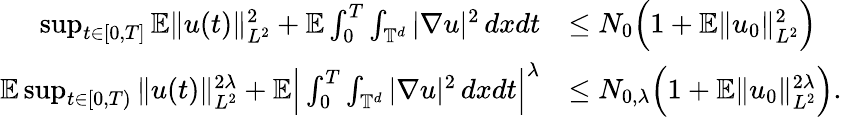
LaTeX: \begin{array}{rl}{\operatorname*{sup}_{t\in[0,T]}{\mathbb E}\| u(t)\| _{L^{2}}^{2}+{\mathbb E}\int_{0}^{T}\int_{\mathbb{T}^{d}}|\nabla u|^{2}\, dxdt}&{\leq N_{0}\Big(1+{\mathbb E}\| u_{0}\| _{L^{2}}^{2}\Big)}\\ {{\mathbb E}\operatorname*{sup}_{t\in[0,T)}\| u(t)\| _{L^{2}}^{2\lambda}+{\mathbb E}\Big|\int_{0}^{T}\int_{\mathbb{T}^{d}}|\nabla u|^{2}\, dxdt\Big|^{\lambda}}&{\leq N_{0,\lambda}\Big(1+{\mathbb E}\| u_{0}\| _{L^{2}}^{2\lambda}\Big).}\end{array}